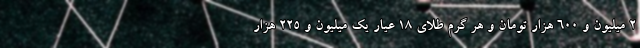
2 میلیون و 600 هزار تومان و هر گرم طلای 18 عیار یک میلیون و 225 هزار